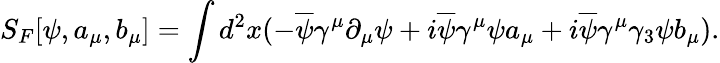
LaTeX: S_{F}[\psi,a_{\mu},b_{\mu}]=\int d^{2}x(-\overline{{{\psi}}}\gamma^{\mu}\partial_{\mu}\psi+i\overline{{{\psi}}}\gamma^{\mu}\psi a_{\mu}+i\overline{{{\psi}}}\gamma^{\mu}\gamma_{3}\psi b_{\mu}).